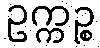
ဥက္ကဉ္စ